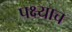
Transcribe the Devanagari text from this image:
पक्ष्याच